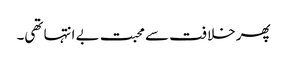
پھر خلافت سے محبت بے انتہا تھی۔